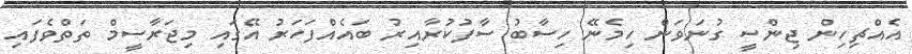
އެއްޗިހިން ޖިންސީ ގުނަވަން ހިމެނޭ ހިސާބު ސާފުކުރާއިރު ބައެއްފަހަރު އޭގައި މިޖަރާސީމް ތަތްވެފައި